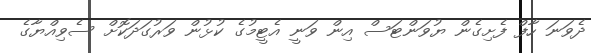
ދެވަނަ ހާފް ފެށިގެން ޔުވަންޓަސް އިން ވަނީ އެޓީމުގެ ކުޅުން ވަރުގަދަކޮށް ސެވިއްޔާގެ